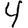
Digit: 4